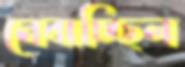
নেবাচ্ছিল